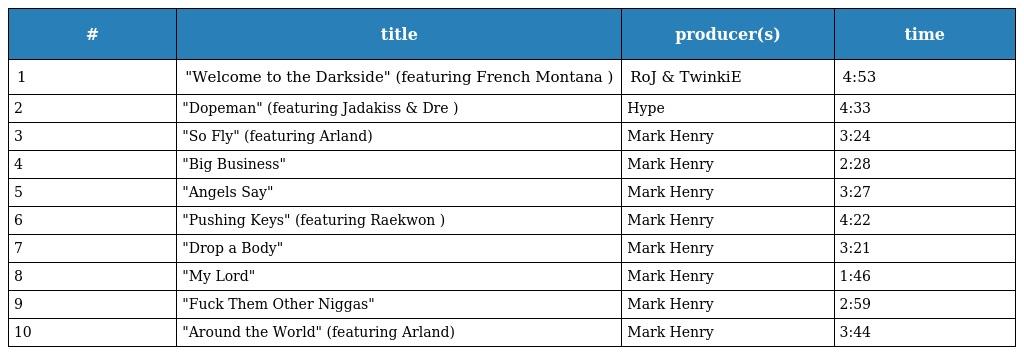
| # | title | producer(s) | time |
 | --- | --- | --- | --- |
 | 1 | "Welcome to the Darkside" (featuring French Montana ) | RoJ & TwinkiE | 4:53 |
 | 2 | "Dopeman" (featuring Jadakiss & Dre ) | Hype | 4:33 |
 | 3 | "So Fly" (featuring Arland) | Mark Henry | 3:24 |
 | 4 | "Big Business" | Mark Henry | 2:28 |
 | 5 | "Angels Say" | Mark Henry | 3:27 |
 | 6 | "Pushing Keys" (featuring Raekwon ) | Mark Henry | 4:22 |
 | 7 | "Drop a Body" | Mark Henry | 3:21 |
 | 8 | "My Lord" | Mark Henry | 1:46 |
 | 9 | "Fuck Them Other Niggas" | Mark Henry | 2:59 |
 | 10 | "Around the World" (featuring Arland) | Mark Henry | 3:44 |